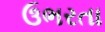
ઉભરતા